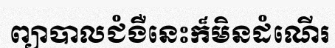
ព្យាបាលជំងឺនេះក៏មិនដំណើរ